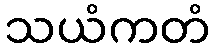
သယံကတံ